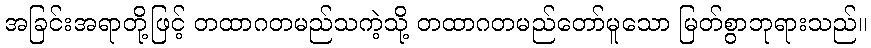
အခြင်းအရာတို့ဖြင့် တထာဂတမည်သကဲ့သို့ တထာဂတမည်တော်မူသော မြတ်စွာဘုရားသည်။